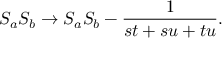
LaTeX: { S _ { a } S _ { b } } \rightarrow S _ { a } S _ { b } - { \frac { 1 } { s t + s u + t u } } .